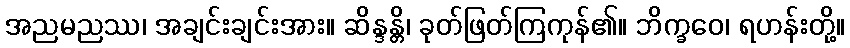
အညမညဿ၊ အချင်းချင်းအား။ ဆိန္ဒန္တိ၊ ခုတ်ဖြတ်ကြကုန်၏။ ဘိက္ခဝေ၊ ရဟန်းတို့။